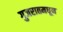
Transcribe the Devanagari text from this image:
गुजरातमधून